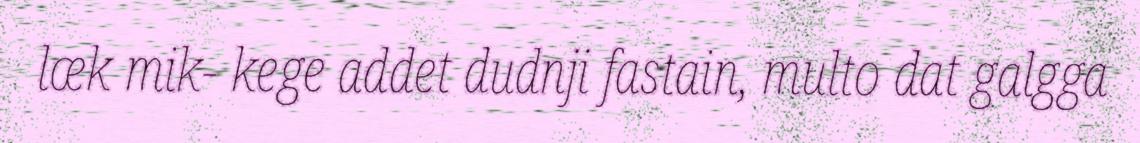
læk mik- kege addet dudnji fastain, multo dat galgga